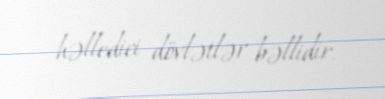
həlledici dövlətlər bəllidir.